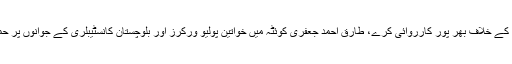
حکومت نیشنل ایکشن پلان پر عملدرآمد کو یقینی بناکر کالعدم گروپوں کے خلاف بھر پور کارروائی کرے، طارق احمد جعفری کوئٹہ میں خواتین پولیو ورکرز اور بلوچستان کانسٹیبلری کے جوانوں پر حملے اوردہشت گردی کے واقعات قابل مذمت ہیں،اجلاس سے خطاب ۔